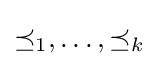
\preceq _{1},\ldots ,\preceq _{k}